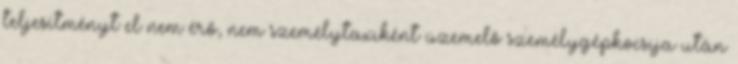
teljesítményt el nem érő, nem személytaxiként üzemelő személygépkocsija után